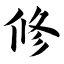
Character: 修